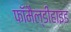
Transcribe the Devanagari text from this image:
फॉमैल्डीहाइड